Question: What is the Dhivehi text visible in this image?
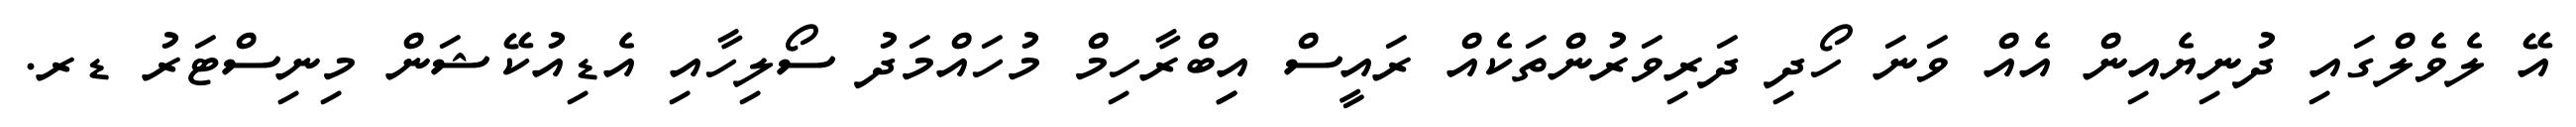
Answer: އޭ ލެވެލްގައި ދުނިޔެއިން އެއް ވަނަ ހޯދި ދަރިވަރުންތަކެއް ރައީސް އިިބްރާހިމް މުހައްމަދު ސޯލިހާއި އެޑިއުކޭޝަން މިނިސްޓަރު ޑރ.